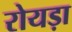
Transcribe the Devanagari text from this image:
रोयड़ा